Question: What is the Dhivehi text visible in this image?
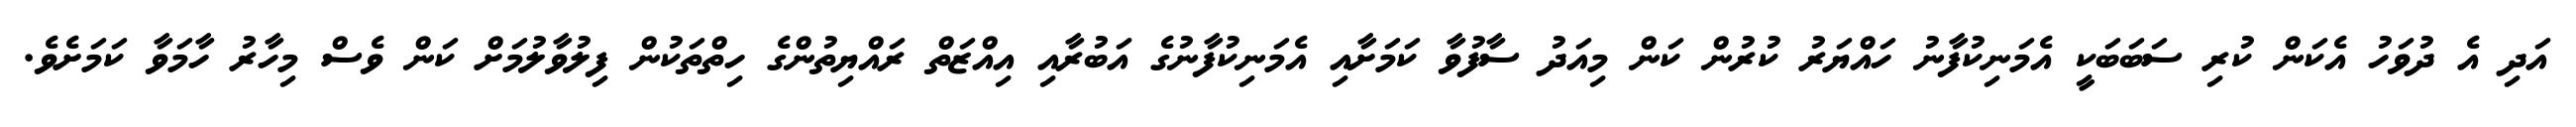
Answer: އަދި އެ ދުވަހު އެކަން ކުރި ސަބަބަކީ އެމަނިކުފާނު ހައްޔަރު ކުރުން ކަން މިއަދު ސާފުވާ ކަމަށާއި އެމަނިކުފާނުގެ އަބުރާއި އިއްޒަތް ރައްޔިތުންގެ ހިތްތަކުން ފިލުވާލުމަށް ކަން ވެސް މިހާރު ހާމަވާ ކަމަށެވެ.